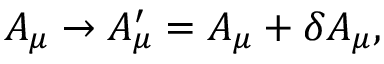
A _ { \mu } \rightarrow A _ { \mu } ^ { \prime } = A _ { \mu } + \delta A _ { \mu } ,